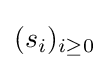
(s_{i})_{i\geq 0}